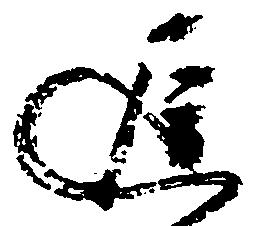
遅